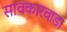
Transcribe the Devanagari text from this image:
सावकारवाडा